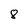
Character: 8